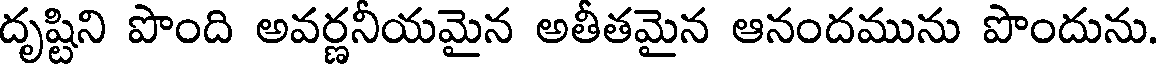
దృష్టిని పొంది అవర్ణనీయమైన అతీతమైన ఆనందమును పొందును